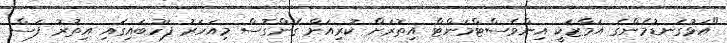
"އަޅުގަނޑުމެންގެ އަމާޒަކީ އިންވެސްޓްމަންޓް އިތުރަށް ކުރިއަށް ގެންގޮސް މިއަހަރު ފަހުބައިގައި އިތުރު ފަސް